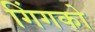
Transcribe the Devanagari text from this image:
गिंगको